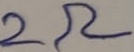
Text: 2Ω